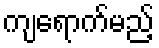
ကျရောက်မည့်